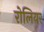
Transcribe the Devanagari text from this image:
रोलियर